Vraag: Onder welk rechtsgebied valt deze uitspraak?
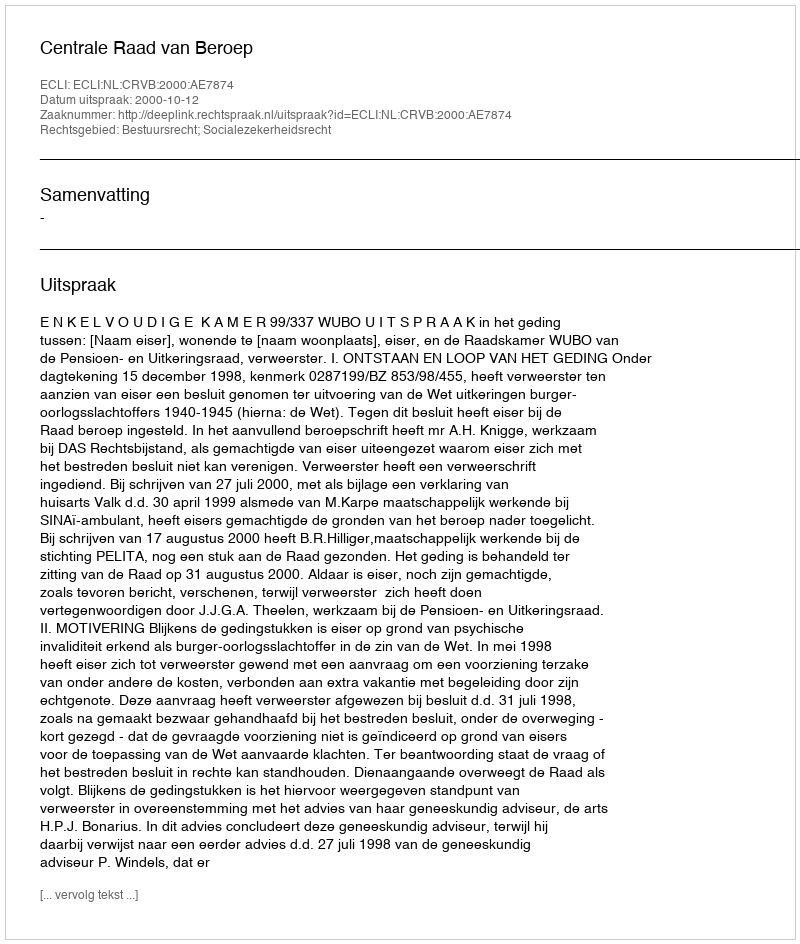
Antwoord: Bestuursrecht; Socialezekerheidsrecht